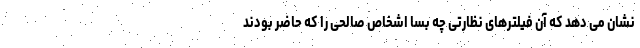
نشان می دهد که آن فیلترهای نظارتی چه بسا اشخاص صالحی را که حاضر بودند